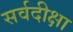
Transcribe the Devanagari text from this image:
सर्वदीक्षा